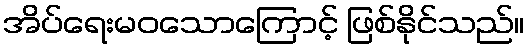
အိပ်ရေးမဝသောကြောင့် ဖြစ်နိုင်သည်။